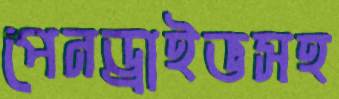
পেনড্রাইভসহ